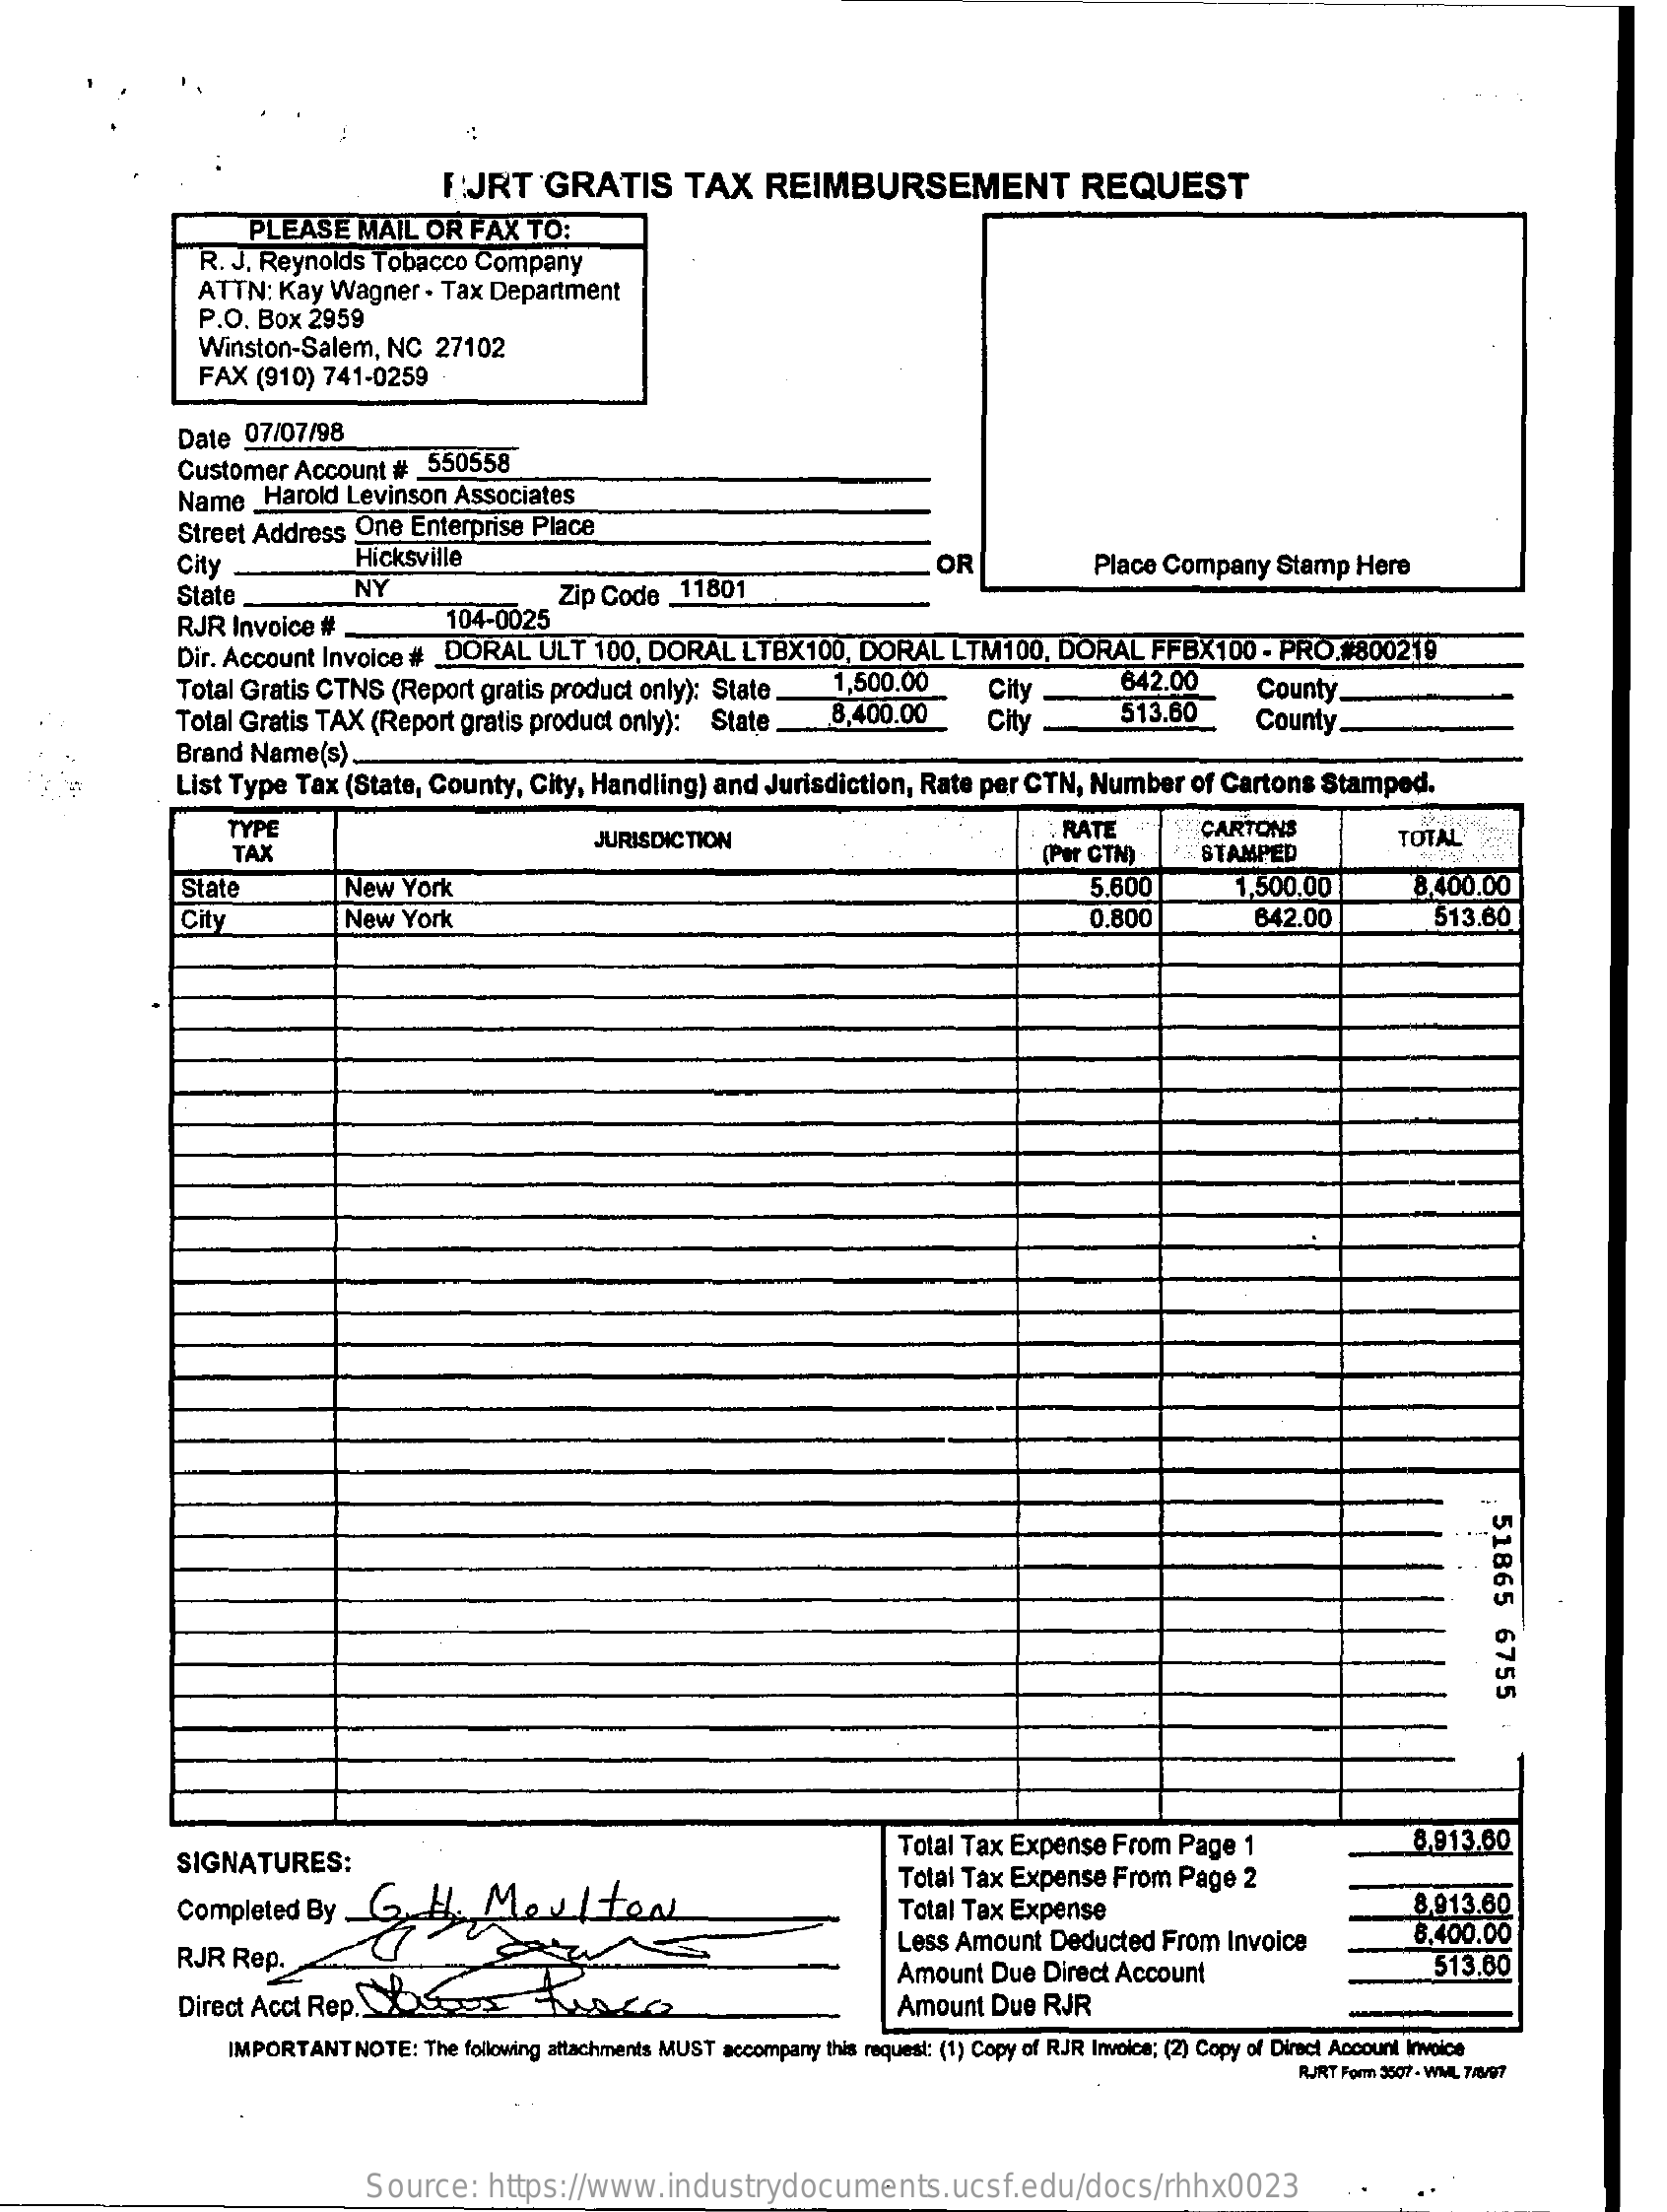
FJRT    GRATIS    TAX    REIMBURSEMENT    REQUEST
     PLEASE    MAIL  OR  FAX  TO:
     R. J. Reynolds Tobacco  Company
     ATTN:  Kay Wagner   . Tax Department
     P.O. Box  2959
     Winston-Salem,   NC  27102
     FAX  (910) 741-0259  ·
     Date  07/07/98
     Customer  Account  #  550558
     Name_Harold    Levinson  Associates
     Street Address  One Enterprise Place
     City    Hicksville
     State    NY
     OR    Place Company   Stamp  Here
     RJR Invoice  #    104-0025
     Zip Code _11801
     Dir. Account Invoice # _DORAL   ULT  100, DORAL   LTBX100,   DORAL   LTM100,  DORAL    FFBX100   - PRO.#800219
     Total Gratis CTNS  (Report gratis product only): State    1,500.00
     Total Gratis TAX (Report gratis product only): State    8,400.00
     City    642.00
     City    513.60
     County.
     County.
     List Type Tax  (State, County, City, Handling)  and Jurisdiction, Rate per CTN,  Number   of Cartons  Stamped.
     Brand Name(s)  ..
     TYPE    RATE    CARTONS
     TAX
     JURISDICTION
     (Per CTN)    STAMPED
     TOTAL
     State    New  York    5.600    1,500.00    8.400.00
     City    New  York    0.800    642.00    513.60
     51865
     6755
     SIGNATURES:
     Total Tax Expense  From  Page  1    8,913.60
     Completed  By  __    H.   Molteal
     Total Tax Expense  From  Page  2
     Total Tax Expense    8.913.60
     RJR  Rep.
     Less Amount  Deducted  From  Invoice    8.400.00
     Direct Acct Rep. SRC=    hora
     Amount  Due  Direct Account    513.60
     Amount  Due  RJR
     IMPORTANT   NOTE: The following attachments MUST accompany this request: (1) Copy of RJR Invoice; (2) Copy of Direct Account Invoice
     RURT Form 3507 - WML 7/6/97
     Source:    https://www.industrydocuments.ucsf.edu/docs/rhhx0023